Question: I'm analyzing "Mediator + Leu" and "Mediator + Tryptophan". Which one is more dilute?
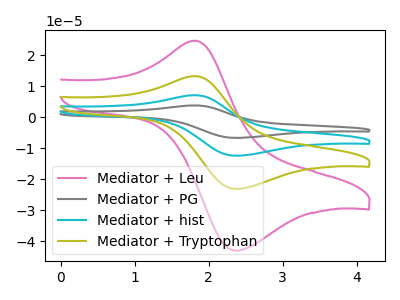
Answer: <think>The pink curve "Mediator + Leu" has an anodic peak at (1.85V, 24.70uA) and a cathodic peak at (2.35V, -43.05uA). The gray curve "Mediator + PG" has an anodic peak at (1.85V, 39.80uA) and a cathodic peak at (2.35V, -69.35uA). The cyan curve "Mediator + hist" has an anodic peak at (1.85V, 26.55uA) and a cathodic peak at (2.35V, -46.25uA). The olive curve "Mediator + Tryptophan" has an anodic peak at (1.85V, 13.25uA) and a cathodic peak at (2.35V, -23.10uA).
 All the peaks in "Mediator + Leu" have a peak in "Mediator + Tryptophan" at the same potential. Every peak in "Mediator + Leu" is higher than every peak in "Mediator + Tryptophan".</think>
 <answer>"Mediator + Leu" has more signal than "Mediator + Tryptophan" and so likely has a higher concentration.</answer>
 <eval>more_concentration</eval>